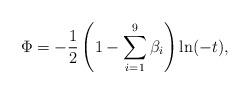
LaTeX: \begin{align*}\Phi=-\frac{1}{2} \left( 1-\sum_{i=1}^9 \beta_i \right) \ln (-t) ,\end{align*}